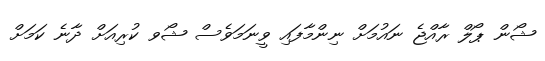
ޝޯން ޕޯލް ރާއްޖެ ނައުމަށް ނިންމާފައި ވީނަމަވެސް ޝޯވ ކުރިއަށް ދާނެ ކަމަށް